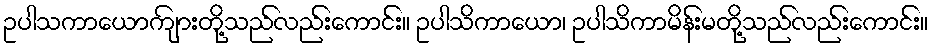
ဥပါသကာယောကျ်ားတို့သည်လည်းကောင်း။ ဥပါသိကာယော၊ ဥပါသိကာမိန်းမတို့သည်လည်းကောင်း။